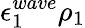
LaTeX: \epsilon_{1}^{wave}\rho_{1}